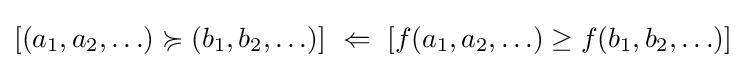
[(a_{1},a_{2},\ldots )\succcurlyeq (b_{1},b_{2},\ldots )]~\Leftarrow ~[f(a_{1},a_{2},\ldots )\geq f(b_{1},b_{2},\ldots )]